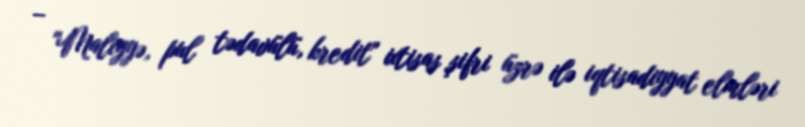
– "Maliyyə, pul tədavülü, kredit" ixtisas şifri üzrə ilə iqtisadiyyat elmləri